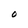
Character: O